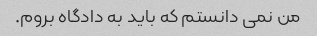
من نمی دانستم که باید به دادگاه بروم.